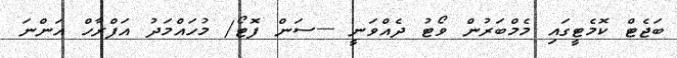
ބަޖެޓް ކޮމެޓީގައި މެމްބަރުން ވޯޓު ދެއްވަނީ ---ސަން ފޮޓޯ/ މުހައްމަދު އަފްރާހް އަންނަ